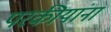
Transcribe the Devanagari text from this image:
परकीयांना